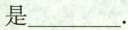
是___.